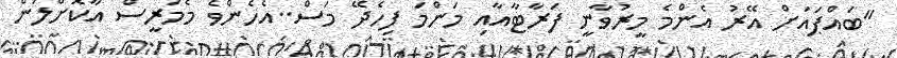
"ބައްޕައަށް އޭރު އެންމެ މީރުވާނީ ފަރާޓާއާއި މަންމަ ފިހެދޭ މަސް..އެހެންވެ މެމަރީސް އާކޮށްލަން